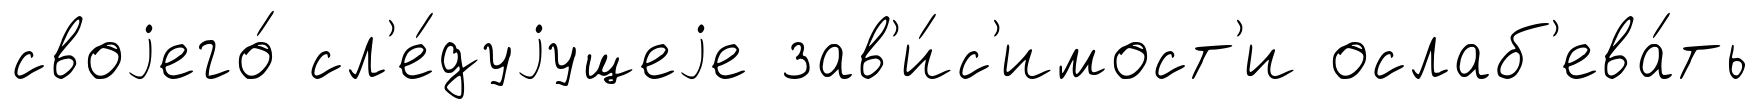
своjего́ сл'е́дуjущеjе зав'и́с'имост'и ослаб'ева́ть